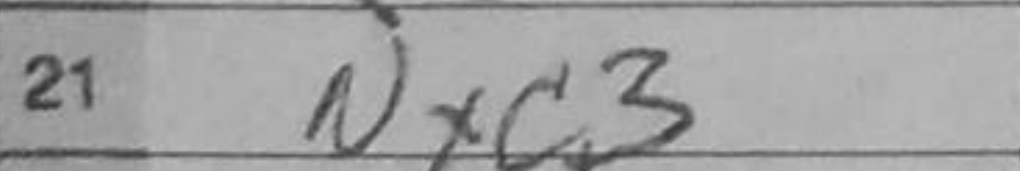
Transcription: Nxc3